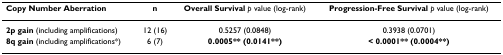
<table><thead><tr><td><b>Copy Number Aberration</b></td><td><b>n</b></td><td><b>Overall Survival <i>p </i>value (log-rank)</b></td><td><b>Progression-Free Survival <i>p </i>value (log-rank)</b></td></tr></thead><tbody><tr><td><b>2p gain </b>(including amplifications)</td><td>12 (16)</td><td>0.5257 (0.0848)</td><td>0.3938 (0.0701)</td></tr><tr><td><b>8q gain </b>(including amplifications*)</td><td>6 (7)</td><td><b>0.0005** (0.0141**)</b></td><td><b>&lt; 0.0001** (0.0004**)</b></td></tr></tbody></table>